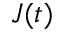
J ( t )